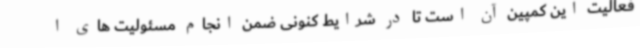
فعالیت این کمپین آن است تا در شرایط کنونی ضمن انجام مسئولیت های ا